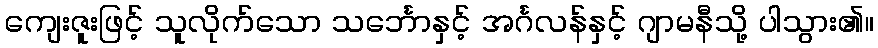
ကျေးဇူးဖြင့် သူလိုက်သော သင်္ဘောနှင့် အင်္ဂလန်နှင့် ဂျာမနီသို့ ပါသွား၏။